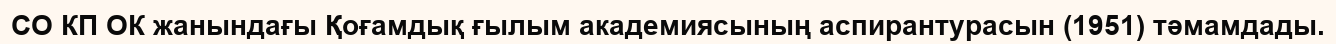
СО КП ОК жанындағы Қоғамдық ғылым академиясының аспирантурасын (1951) тәмамдады.